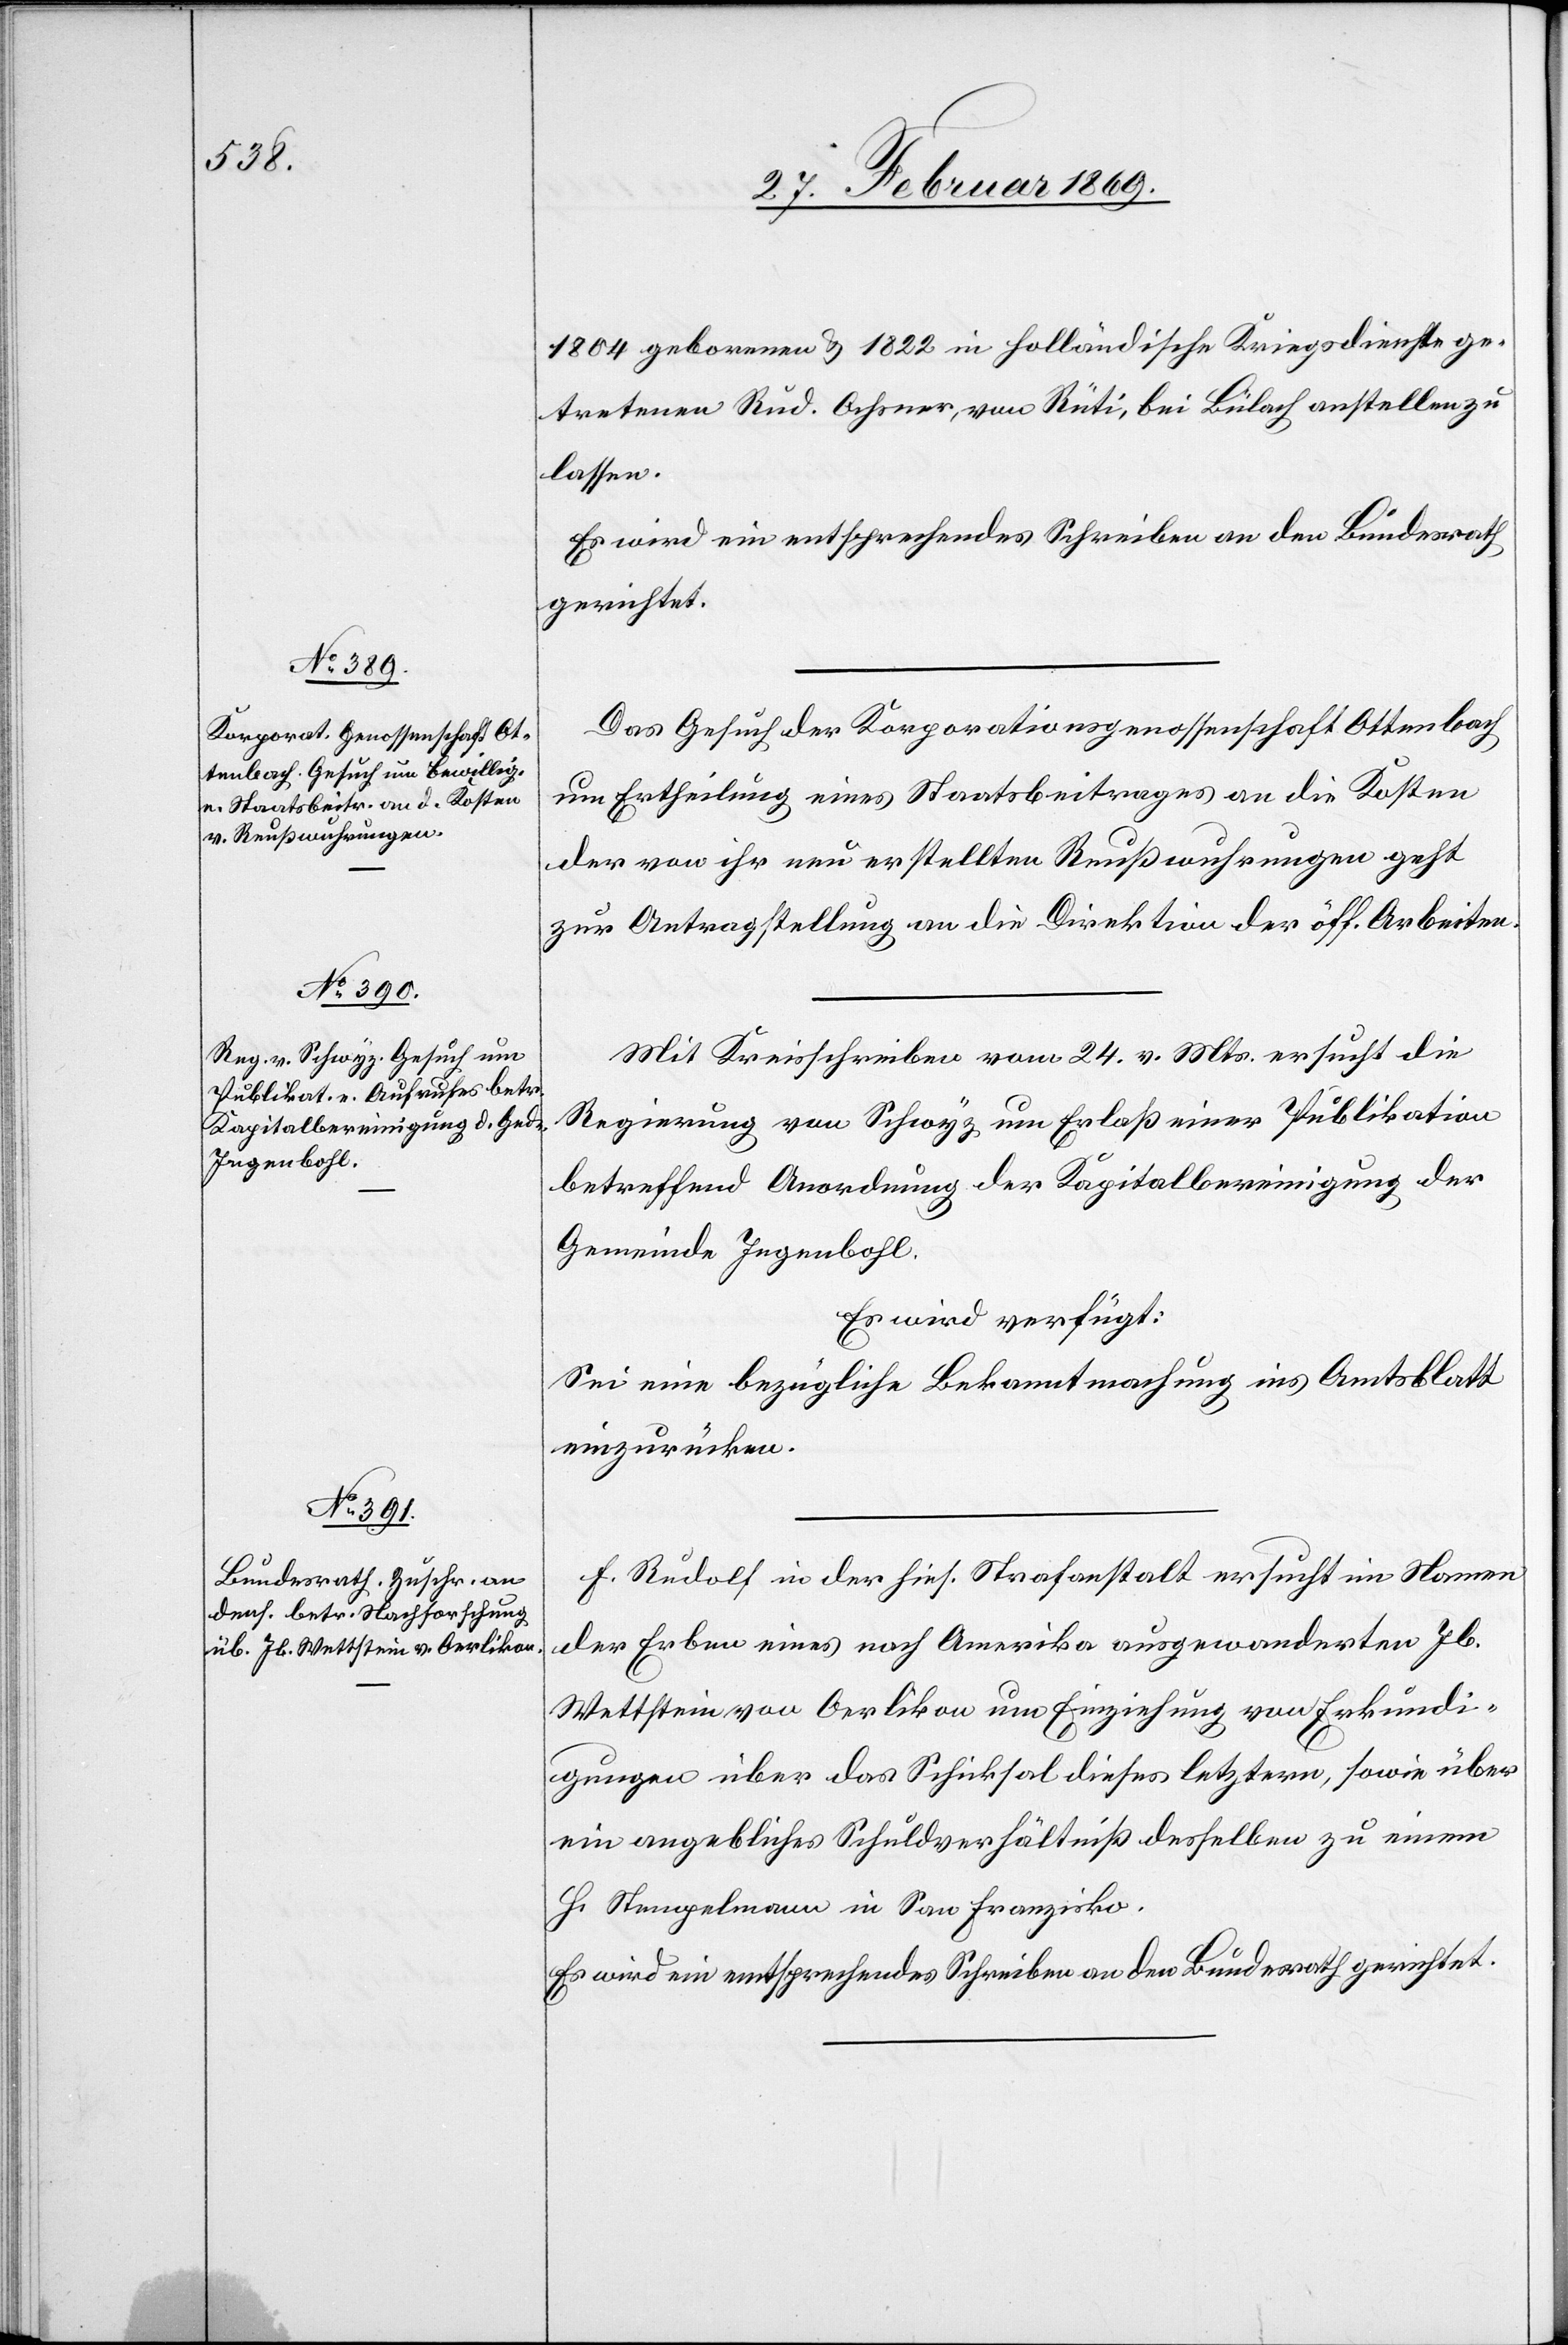
1804 geborenen & 1822 in holländische Kriegsdienste ge¬
tretenen Rud. Ochsner, von Rüti, bei Bülach anstellen zu
lassen.
Es wird ein entsprechendes Schreiben an den Bundesrath
gerichtet.
Das Gesuch der Korporationsgesellschaft Ottenbach
um Ertheilung eines Staatsbeitrages an die Kosten
der von ihr nun erstellten Reußwuhrungen geht
zur Antragstellung an die Direktion der öff. Arbeiten.
Mit Kreisschreiben vom 24. v. Mts. ersucht die
Regierung von Schwyz um Erlaß einer Publikation
betreffend Anordnung der Kapitalbereinigung der
Gemeinde Ingenbohl.
Es wird verfügt:
Sei eine bezügliche Bekanntmachung im Amtsblatt
einzurücken.
F. Rudolf in der hies. Strafanstalt ersucht im Namen
der Erben eines nach Amerika ausgewanderten Jb.
Wettstein von Oerlikon um Einziehung von Erkundi¬
gungen über das Schicksal des letztern, sowie über
ein angebliches Schuldverhältniß desselben zu einem
H. Stempelmann in San Franzisko.